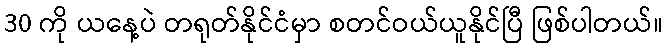
30 ကို ယနေ့ပဲ တရုတ်နိုင်ငံမှာ စတင်ဝယ်ယူနိုင်ပြီ ဖြစ်ပါတယ်။